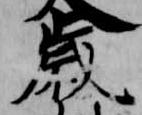
歳